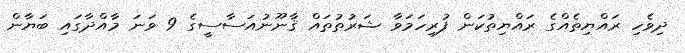
ދިވެހި ރައްޔިތެއްގެ ރައްޔިތުކަން ފުރިހަމަވާ ޝަރުތުތައް ޤާނޫނުއަސާސީގެ 9 ވަނަ މާއްދާގައި ބަޔާން